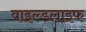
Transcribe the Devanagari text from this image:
वाइल्‍डलाइफ